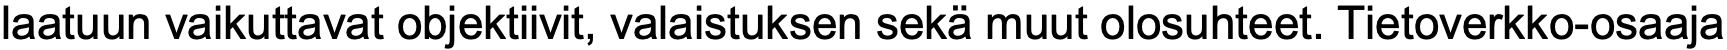
laatuun vaikuttavat objektiivit, valaistuksen sekä muut olosuhteet. Tietoverkko-osaaja